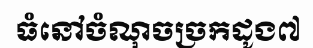
ធំនៅចំណុចច្រកដូង៧